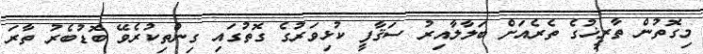
މިގޮތުން ތާރީޚުގެ ތެރެއަށް ބަލާލާއިރު ސަޤާފީ ކުޅިވަރުގެ ގޮތުގައި ގިންތިކުރެވޭ ބޮޑުބެރު ތާރަ